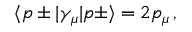
\langle p \pm | \gamma _ { \mu } | p \pm \rangle = 2 p _ { \mu } \, ,